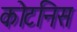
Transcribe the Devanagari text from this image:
कोटनिस